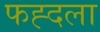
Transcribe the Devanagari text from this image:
फह्दला